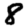
Digit: 8